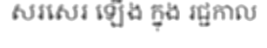
សរសេរ ឡើង ក្នុង រជ្ជកាល